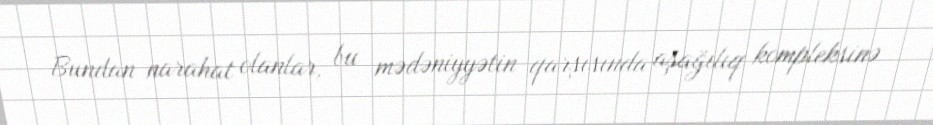
Bundan narahat olanlar, bu mədəniyyətin qarşısında aşağılıq kompleksinə